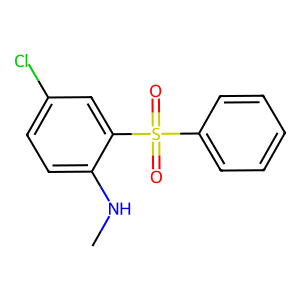
SMILES: CNc1ccc(Cl)cc1S(=O)(=O)c1ccccc1
Inhibits HIV replication: Yes